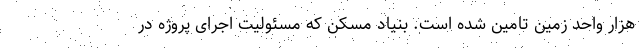
هزار واحد زمین تامین شده است. بنیاد مسکن که مسئولیت اجرای پروژه در